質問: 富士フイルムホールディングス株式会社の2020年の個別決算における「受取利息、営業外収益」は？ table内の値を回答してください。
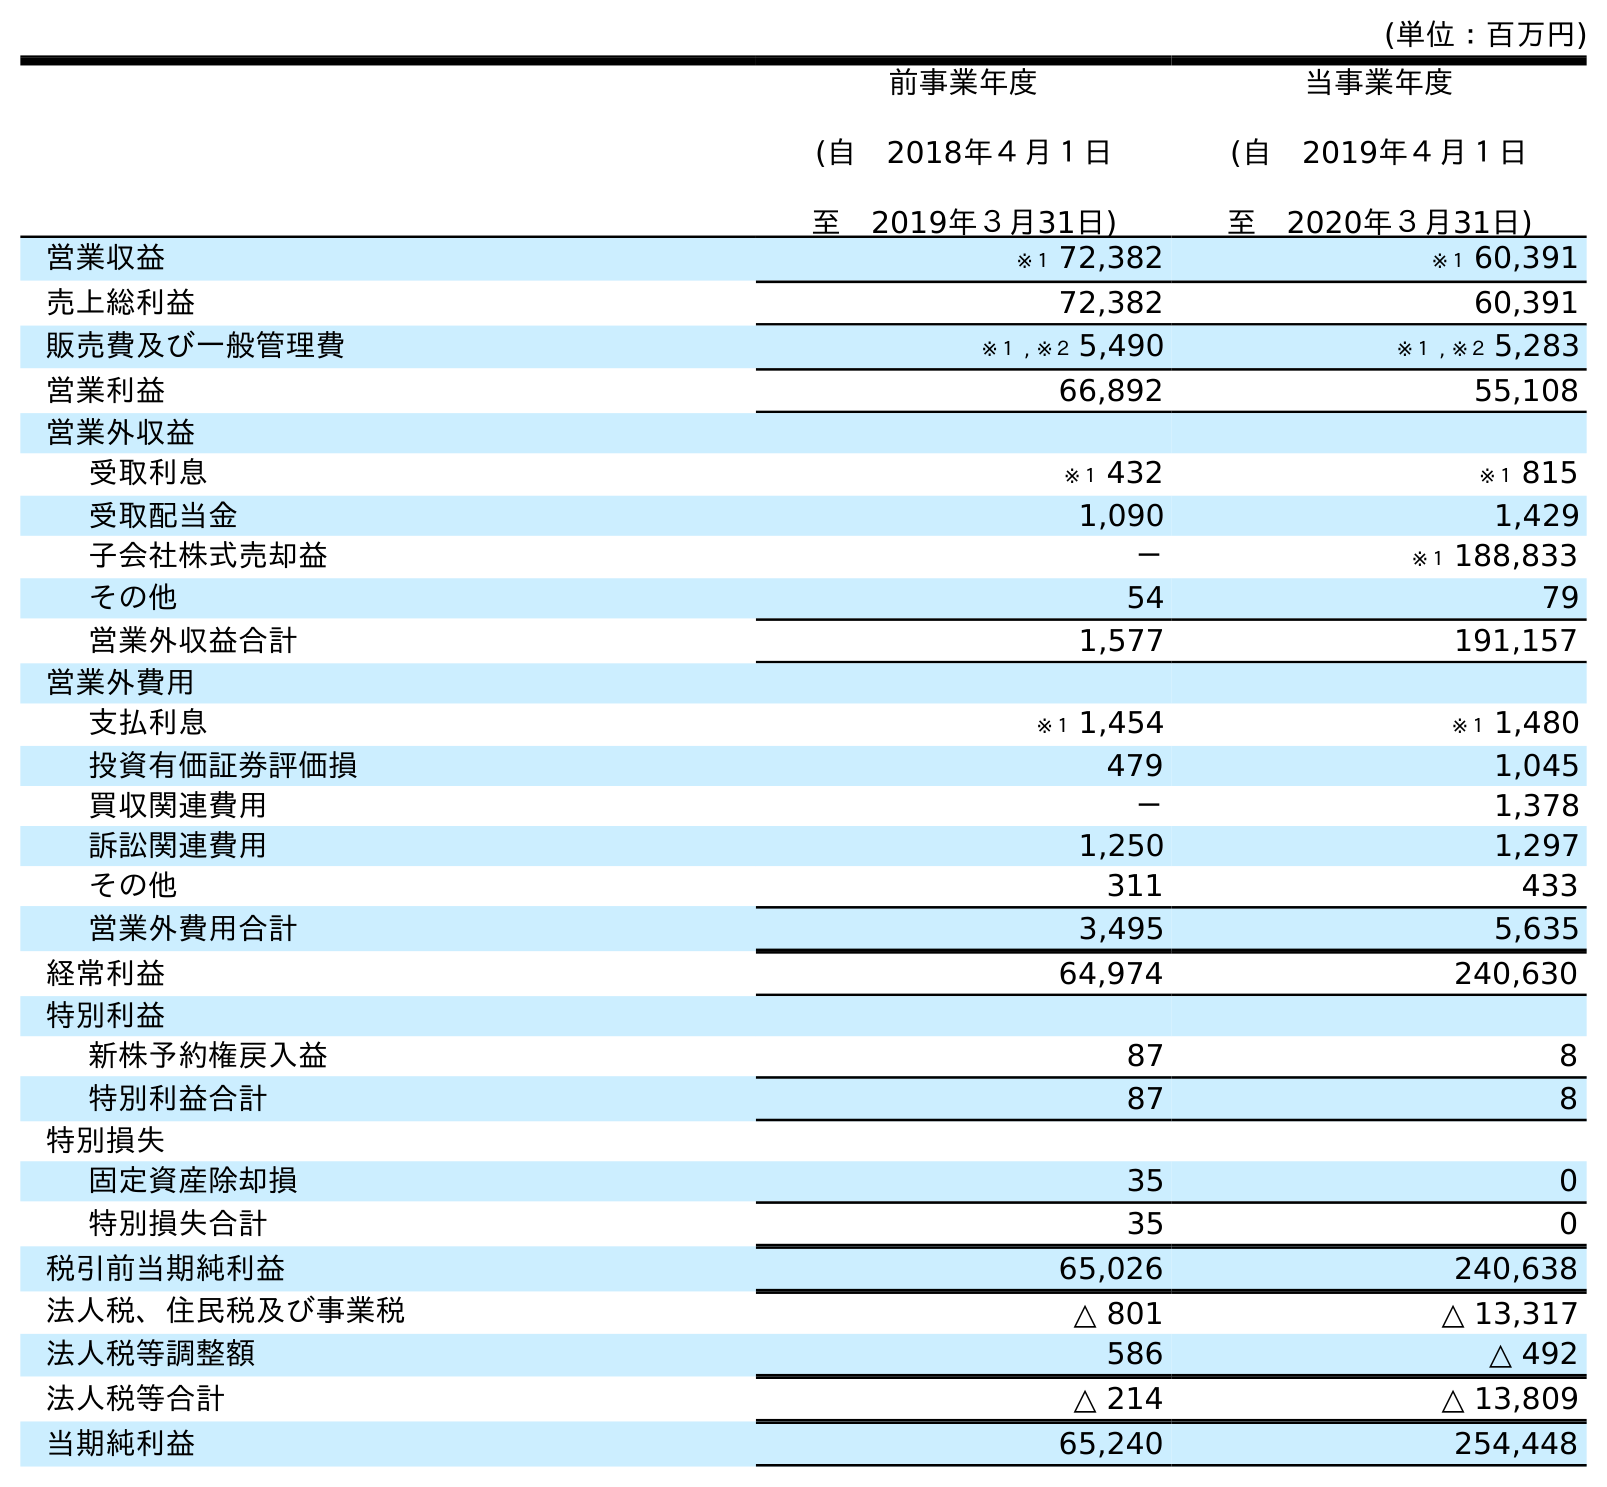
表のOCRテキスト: (単位：百万円) 前事業年度 (自 2018年４月１日 至 2019年３月31日) 当事業年度 (自 2019年４月１日 至 2020年３月31日) 営業収益 ※１ 72,382 ※１ 60,391 売上総利益 72,382 60,391 販売費及び一般管理費 ※１ , ※２ 5,490 ※１ , ※２ 5,283 営業利益 66,892 55,108 営業外収益 受取利息 ※１ 432 ※１ 815 受取配当金 1,090 1,429 子会社株式売却益 － ※１ 188,833 その他 54 79 営業外収益合計 1,577 191,157 営業外費用 支払利息 ※１ 1,454 ※１ 1,480 投資有価証券評価損 479 1,045 買収関連費用 － 1,378 訴訟関連費用 1,250 1,297 その他 311 433 営業外費用合計 3,495 5,635 経常利益 64,974 240,630 特別利益 新株予約権戻入益 87 8 特別利益合計 87 8 特別損失 固定資産除却損 35 0 特別損失合計 35 0 税引前当期純利益 65,026 240,638 法人税、住民税及び事業税 △ 801 △ 13,317 法人税等調整額 586 △ 492 法人税等合計 △ 214 △ 13,809 当期純利益 65,240 254,448
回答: ※１815